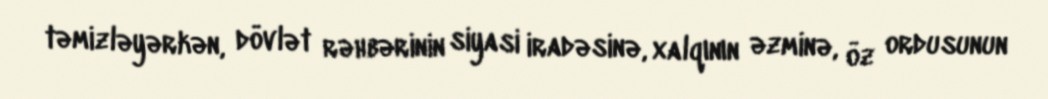
təmizləyərkən, dövlət rəhbərinin siyasi iradəsinə, xalqının əzminə, öz ordusunun